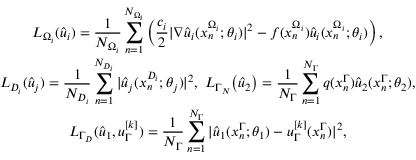
\begin{array} { c } { \displaystyle L _ { \Omega _ { i } } ( \hat { u } _ { i } ) = \frac { 1 } { N _ { \Omega _ { i } } } \sum _ { n = 1 } ^ { N _ { \Omega _ { i } } } \left( \frac { c _ { i } } { 2 } | \nabla \hat { u } _ { i } ( x _ { n } ^ { \Omega _ { i } } ; \theta _ { i } ) | ^ { 2 } - f ( x _ { n } ^ { \Omega _ { i } } ) \hat { u } _ { i } ( x _ { n } ^ { \Omega _ { i } } ; \theta _ { i } ) \right) , } \\ { \displaystyle L _ { D _ { i } } ( \hat { u } _ { j } ) = \frac { 1 } { N _ { D _ { i } } } \sum _ { n = 1 } ^ { N _ { D _ { i } } } | \hat { u } _ { j } ( x _ { n } ^ { D _ { i } } ; \theta _ { j } ) | ^ { 2 } , \ L _ { \Gamma _ { N } } \big ( \hat { u } _ { 2 } \big ) = \frac { 1 } { N _ { \Gamma } } \sum _ { n = 1 } ^ { N _ { \Gamma } } q ( x _ { n } ^ { \Gamma } ) \hat { u } _ { 2 } ( x _ { n } ^ { \Gamma } ; \theta _ { 2 } ) , } \\ { \displaystyle L _ { \Gamma _ { D } } ( \hat { u } _ { 1 } , u _ { \Gamma } ^ { [ k ] } ) = \frac { 1 } { N _ { \Gamma } } \sum _ { n = 1 } ^ { N _ { \Gamma } } | \hat { u } _ { 1 } ( x _ { n } ^ { \Gamma } ; \theta _ { 1 } ) - u _ { \Gamma } ^ { [ k ] } ( x _ { n } ^ { \Gamma } ) | ^ { 2 } , } \end{array}